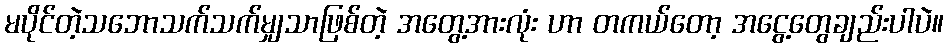
မပိုင်တဲ့သဘောသက်သက်မျှသာဖြစ်တဲ့ အတွေ့အားလုံး ဟာ တကယ်တော့ အငွေ့တွေချည်းပါပဲ။